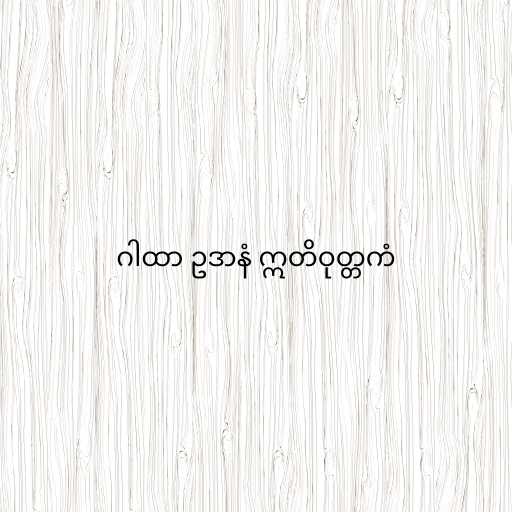
ဂါထာ ဥဒာနံ ဣတိဝုတ္တကံ